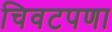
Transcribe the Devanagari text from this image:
चिवटपणा